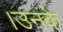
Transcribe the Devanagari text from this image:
।उनके